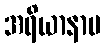
အရိယာနာမ